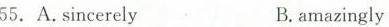
55. A.sincerely B.amazingly